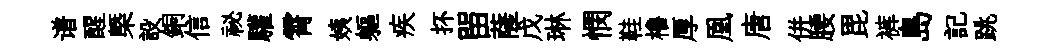
谱醒㮣設銅信祕驩霄姨軀疾抔㽞薩戊琳憫鞋櫓厚凰唐併腰毘裤島記跳